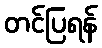
တင်ပြရန်